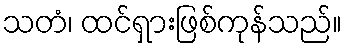
သတံ၊ ထင်ရှားဖြစ်ကုန်သည်။